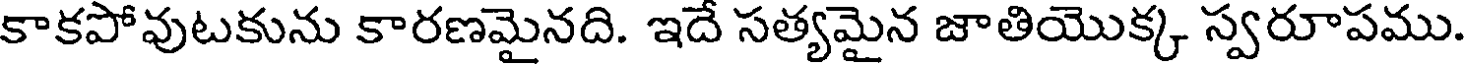
కాకపోవుటకును కారణమైనది. ఇదే సత్యమైన జాతియొక్క స్వరూపము.